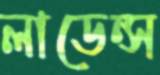
লাডেন্স